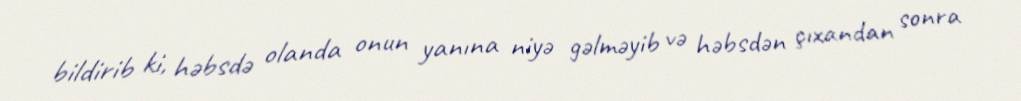
bildirib ki, həbsdə olanda onun yanına niyə gəlməyib və həbsdən çıxandan sonra